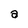
Character: a